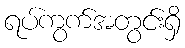
ရပ်ကွက်အတွင်းရှိ